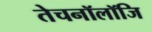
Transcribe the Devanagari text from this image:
तेचनॉलॉजि